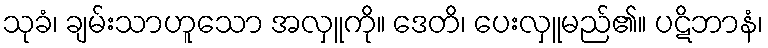
သုခံ၊ ချမ်းသာဟူသော အလှူကို။ ဒေတိ၊ ပေးလှူမည်၏။ ပဋိဘာနံ၊